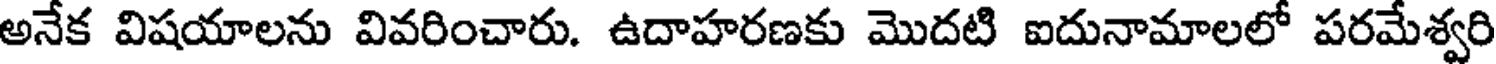
అనేక విషయాలను వివరించారు. ఉదాహరణకు మొదటి ఐదునామాలలో పరమేశ్వరి